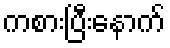
ကစားပြီးနောက်